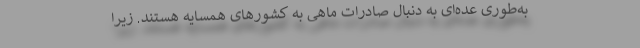
به‌طوری عده‌ای به دنبال صادرات ماهی به کشورهای همسایه هستند. زیرا